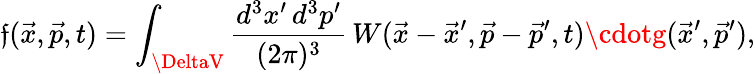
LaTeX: \mathfrak{f}(\vec{{x}},\vec{{p}},t)=\int_{\DeltaV}{\frac{{d^{3}x^{\prime}\, d^{3}p^{\prime}}}{{(2\pi)^{3}}}}\, W(\vec{{x}}-\vec{{x}}^{\prime},\vec{{p}}-\vec{{p}}^{\prime},t)\cdotg(\vec{{x}}^{\prime},\vec{{p}}^{\prime}),